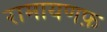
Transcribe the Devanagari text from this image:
रामायणफ़